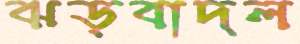
ঝড়বাদল